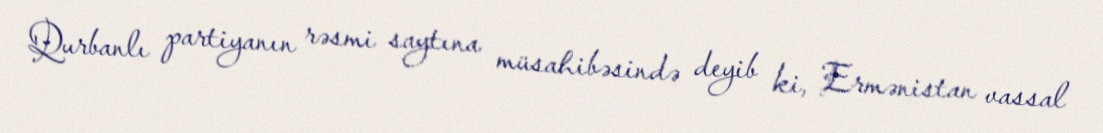
Qurbanlı partiyanın rəsmi saytına müsahibəsində deyib ki, Ermənistan vassal